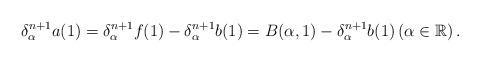
LaTeX: \begin{align*} \delta_{\alpha}^{n+1}a(1)= \delta_{\alpha}^{n+1}f(1)-\delta_{\alpha}^{n+1}b(1)=B(\alpha, 1)-\delta_{\alpha}^{n+1}b(1) \left(\alpha\in \mathbb{R}\right). \end{align*}